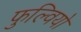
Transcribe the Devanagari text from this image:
फुल्वियो